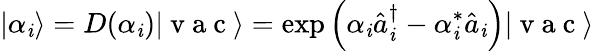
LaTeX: |\alpha_{\mathit{i}}\rangle=D(\alpha_{\mathit{i}})|\mathrm{{~v~a~c~}}\rangle=\exp\left(\alpha_{\mathit{i}}\hat{{a}}_{\mathit{i}}^{\dagger}-\alpha_{\mathit{i}}^{*}\hat{{a}}_{\mathit{i}}\right)|\mathrm{{~v~a~c~}}\rangle